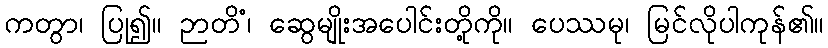
ကတွာ၊ ပြု၍။ ဉာတိံ၊ ဆွေမျိုးအပေါင်းတို့ကို။ ပေဿမု၊ မြင်လိုပါကုန်၏။